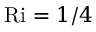
\mathrm { R i } = 1 / 4